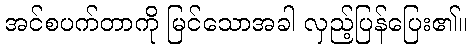
အင်စပက်တာကို မြင်သောအခါ လှည့်ပြန်ပြေး၏။